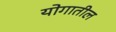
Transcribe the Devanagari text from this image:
योगातील